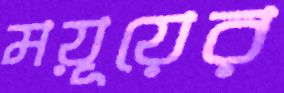
ময়ূয়ের